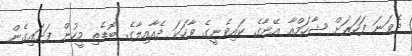
ދެވަނަ ފަހަރަށް ޝާހަމްއާ އޭނާގެ ކައިވެނީގެ ވާހަކަ ދެއާއިލާގެ ބޮޑެތި މީހުން ފަށައިގެން